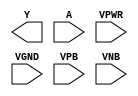
module sky130_fd_sc_ls__bufinv (
    Y   ,
    A   ,
    VPWR,
    VGND,
    VPB ,
    VNB
);

    output Y   ;
    input  A   ;
    input  VPWR;
    input  VGND;
    input  VPB ;
    input  VNB ;
endmodule